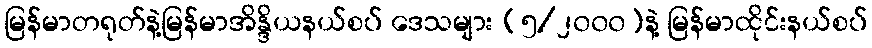
မြန်မာတရုတ်နဲ့မြန်မာအိန္ဒိယနယ်စပ် ဒေသများ (၅/၂၀၀၀)နဲ့ မြန်မာထိုင်းနယ်စပ်